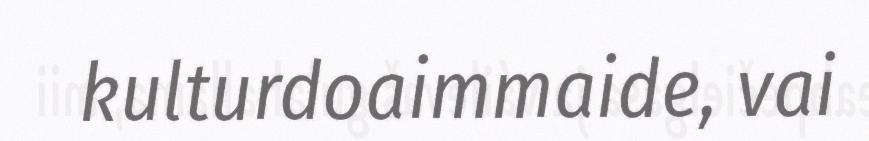
kulturdoaimmaide, vai